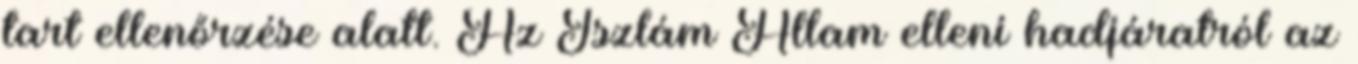
tart ellenőrzése alatt. Az Iszlám Állam elleni hadjáratról az